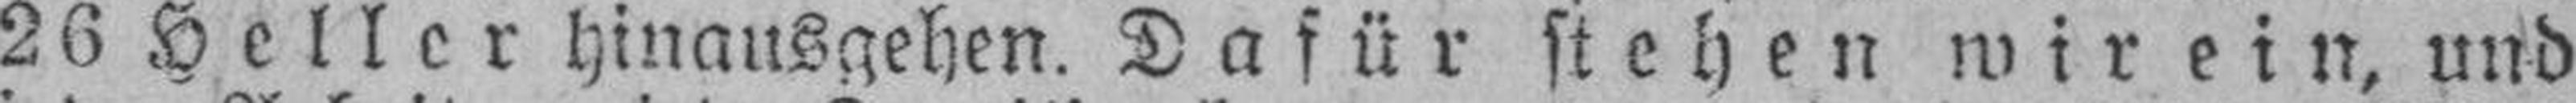
26 Heller hinausgehen. Dafür stehen wir ein, und